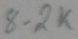
Text: 8.2K